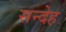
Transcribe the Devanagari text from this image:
सन्‍देह